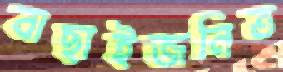
বাছাইজনিত